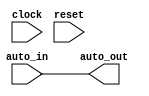
module BundleBridgeNexus_6(
  input   clock,
  input   reset,
  input   auto_in,
  output  auto_out
);
  assign auto_out = auto_in; // @[Nodes.scala 1210:84 LazyModule.scala 309:16]
endmodule